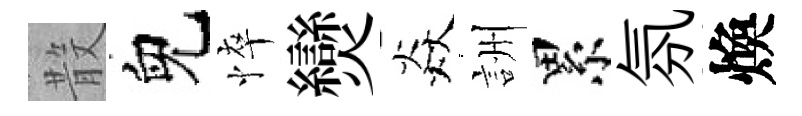
𣪚兒悴𤓖焱詶累氛煥